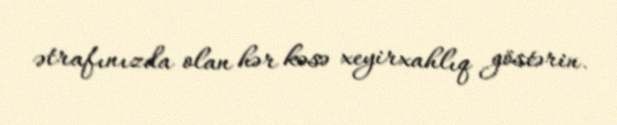
ətrafınızda olan hər kəsə xeyirxahlıq göstərin.